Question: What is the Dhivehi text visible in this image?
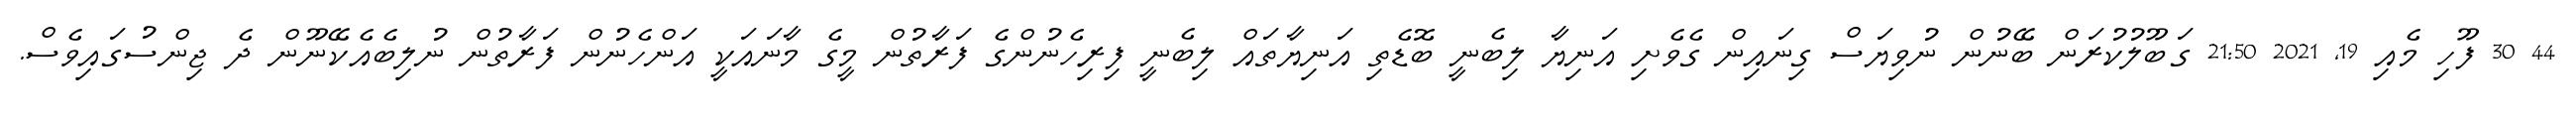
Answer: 44 30 ފޫހި މެއި 19, 2021 21:50 ގަބޫލުކުރަން ބޭނުން ނުވިޔަސް ގިނައިން ގެވެށި އަނިޔާ ލިބެނީ ބޮޑެތި އަނިޔާތައް ލިބެނީ ފިރިހެނުންގެ ފަރާތުން މީގެ މާނައަކީ އަންހެނުން ފަރާތުން ނުލިބެއެކޭނޫން ދެ ޖިންސުގައިވެސް.